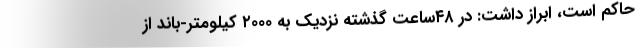
حاکم است، ابراز داشت: در ۴۸ساعت گذشته نزدیک به ۲۰۰۰ کیلومتر-باند از